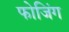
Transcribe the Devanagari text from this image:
फोजिंग